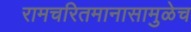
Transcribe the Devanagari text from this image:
रामचरितमानासामुळेच